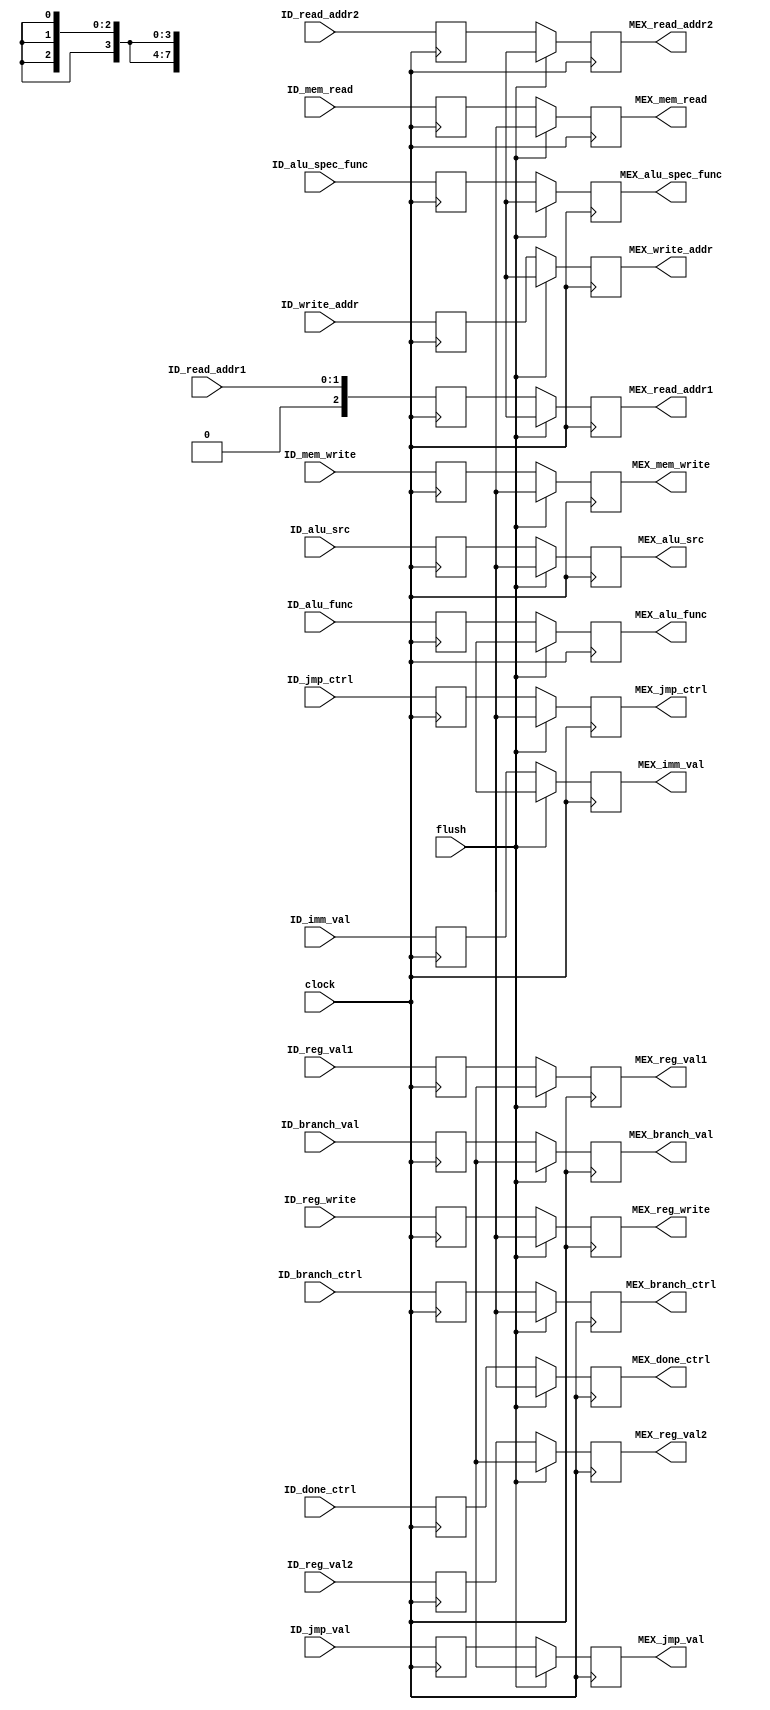
module pipe_id_mex (
	input clock,
    input flush,

    //TODO: forward to register file if it is a setTO,setFrom, or swap 
    //maybe add jump value to output
    //using the previous write_addr as the current read_addr1 or read_addr2

    //Values obtained from register file
    input [7:0] ID_branch_val,
    input [7:0] ID_jmp_val,
	input [7:0] ID_reg_val1,
    input [7:0] ID_reg_val2,
	 
    //Value for immediate obtained from instruction
    input [3:0] ID_imm_val,

    //Register addresses from control unit
    input [1:0] ID_read_addr1,
    input [2:0] ID_read_addr2,

    //ALU functions from control unit
    input [3:0] ID_alu_func,
    input [2:0] ID_alu_spec_func,

    input [2:0] ID_write_addr,

    //Control flag for choosing between register/immediate (mux_alu)
    input ID_alu_src,

    //Control flags for data memory - writing to register
    input ID_mem_write, 
    input ID_mem_read, 
    input ID_branch_ctrl, 
    input ID_reg_write,

    //Control unit for branch/jump instructions 
    input ID_done_ctrl, 
    input ID_jmp_ctrl,

    output reg MEX_branch_ctrl, 
    output reg MEX_done_ctrl, 
    output reg MEX_jmp_ctrl,
    output reg MEX_reg_write,

    //Sent back to instruction fetch
	output reg [7:0] MEX_branch_val,
    output reg [7:0] MEX_jmp_val,
    output reg [2:0] MEX_write_addr,
    output reg [2:0] MEX_read_addr1,
    output reg [2:0] MEX_read_addr2,
    output reg MEX_alu_src,

    //Sent to memory/execute
    output reg [7:0] MEX_reg_val1,
    output reg [7:0] MEX_reg_val2,
    output reg [3:0] MEX_imm_val,
    output reg [3:0] MEX_alu_func,
    output reg [2:0] MEX_alu_spec_func,
    


    output reg MEX_mem_write, 
    output reg MEX_mem_read 


);

reg [7:0] reg_val1;
reg [7:0] reg_val2;
reg [7:0] branch_val;
reg [7:0] jmp_val;
reg [3:0] imm_val;

reg [2:0] read_addr1;
reg [2:0] read_addr2;
reg [2:0] write_addr;

reg [3:0] alu_func;
reg [2:0] alu_spec_func;

reg alu_src;
reg mem_write; 
reg mem_read;
reg reg_write;
reg branch_ctrl; 
reg done_ctrl;
reg jmp_ctrl;

always @(negedge clock) begin
    reg_val1 <= ID_reg_val1;
    reg_val2 <= ID_reg_val2;
    read_addr1[2] <= 0;
    read_addr1[1:0] <= ID_read_addr1;
    read_addr2 <= ID_read_addr2;
    branch_val <= ID_branch_val;
    jmp_val <= ID_jmp_val;
    write_addr <= ID_write_addr;

    imm_val <= ID_imm_val;

    alu_func  <= ID_alu_func;
    alu_spec_func <= ID_alu_spec_func;

    alu_src <= ID_alu_src;
    mem_write <= ID_mem_write;
    mem_read  <= ID_mem_read;
    reg_write <= ID_reg_write;
    branch_ctrl  <= ID_branch_ctrl;
    done_ctrl <= ID_done_ctrl;
    jmp_ctrl <= ID_jmp_ctrl;
end

always @(posedge clock) begin
    if(flush) begin
        MEX_reg_val1 <= 8'bxxxxxxxx;
        MEX_reg_val2 <= 8'bxxxxxxxx;
        MEX_branch_val <= 8'bxxxxxxxx;
        MEX_jmp_val <= 8'bxxxxxxxx;
        MEX_imm_val <= 8'bxxxxxxxx;

        MEX_read_addr1 <= 3'bxxx;
        MEX_read_addr2 <= 3'bxxx;
        MEX_write_addr <= 3'bxxx;

        MEX_alu_func  <= 4'bxxxx;
        MEX_alu_spec_func <= 3'bxxx;

        MEX_alu_src <= 2'bxx;

        MEX_mem_write <= 1'bx;
        MEX_mem_read  <= 1'bx;

        MEX_reg_write <= 1'bx;

        MEX_branch_ctrl  <= 1'bx;
        MEX_done_ctrl <= 1'bx;
        MEX_jmp_ctrl <= 1'bx;
    end
    else begin
        MEX_reg_val1 <= reg_val1;
        MEX_reg_val2 <= reg_val2;
        MEX_branch_val <= branch_val;
        MEX_jmp_val <= jmp_val;
        MEX_imm_val <= imm_val;

        MEX_read_addr1 <= read_addr1;
        MEX_read_addr2 <= read_addr2;
        MEX_write_addr <= write_addr;

        MEX_alu_func  <= alu_func;
        MEX_alu_spec_func <= alu_spec_func;

        MEX_alu_src <= alu_src;

        MEX_mem_write <= mem_write;
        MEX_mem_read  <= mem_read;

        MEX_reg_write <= reg_write;

        MEX_branch_ctrl  <= branch_ctrl;
        MEX_done_ctrl <= done_ctrl;
        MEX_jmp_ctrl <= jmp_ctrl;
    end
end
endmodule